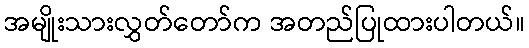
အမျိုးသားလွှတ်တော်က အတည်ပြုထားပါတယ်။